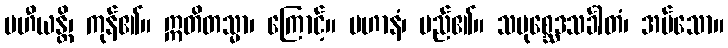
ပဟီယန္တိ၊ ကုန်၏။ ဣတိတသ္မာ၊ ကြောင့်။ ပဟာနံ၊ မည်၏။ သမုစ္ဆေဒသင်္ခါတံ၊ အပ်သော။